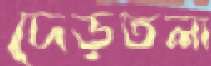
দেড়তলা